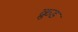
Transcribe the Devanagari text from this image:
क्रुड